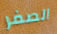
الصفر